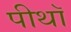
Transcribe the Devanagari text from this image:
पीथॉ